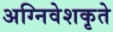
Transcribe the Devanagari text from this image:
अग्निवेशकृते